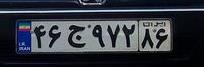
۴۶ج۹۷۲۸۶